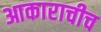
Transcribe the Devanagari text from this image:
आकाराचीच